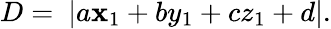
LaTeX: D=\ |a\mathbf{x}_{1}+by_{1}+cz_{1}+d|.